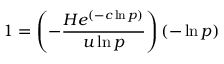
1 = \left( - \frac { H e ^ { ( - c \ln p ) } } { u \ln p } \right) \left( - \ln p \right)